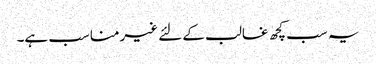
یہ سب کچھ غالب کے لئے غیرمناسب ہے۔